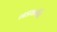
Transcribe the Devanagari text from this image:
गडकरीचे